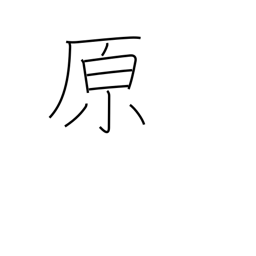
Meaning: prairie